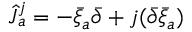
{ \widehat J } { } _ { a } ^ { j } = - \bar { \xi } _ { a } { \bar { \partial } } + j ( { \bar { \partial } } { \bar { \xi } } _ { a } )